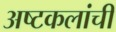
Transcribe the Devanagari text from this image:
अष्‍टकलांची